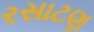
રસાટણ